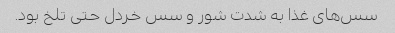
سس‌های غذا به شدت شور و سس خردل حتی تلخ بود.